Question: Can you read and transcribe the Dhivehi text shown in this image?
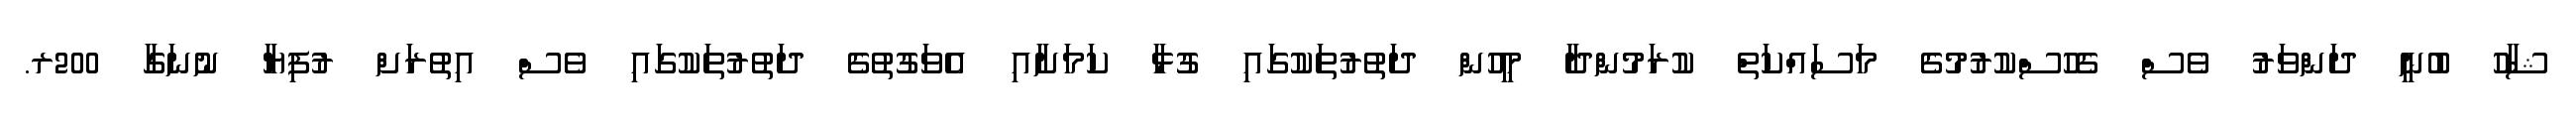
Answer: ޝާހު ބުނީ ދަންވަރު ވެސް ގެހުސްކުރުމުގެ މަސައްކަތް ކުރަމުންދާ މީހުން ދަތުރުތަކުގައި ގުޅާ ކަމަށާއި އެވަގުތުގެ ދަތުރުތަކުގައި ވެސް އިތުރަށް ރުފިޔާ ނުނަގާ 200ރ.